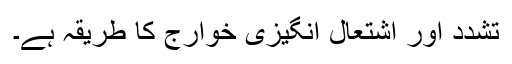
تشدد اور اشتعال انگیزی خوارج کا طریقہ ہے۔